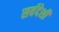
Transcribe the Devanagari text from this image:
सर्वदेशी